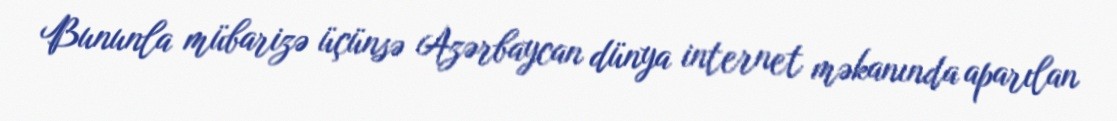
Bununla mübarizə üçünsə Azərbaycan dünya internet məkanında aparılan